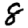
Digit: 8